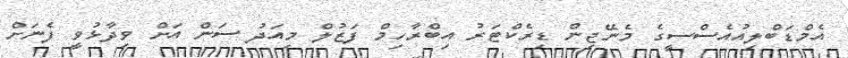
އެމްޑަބްލިއުއެސްސީގެ މެނޭޖިން ޑިރެކްޓަރު އިބްރާހިމް ފަޒުލް މިއަދު ސަން އަށް ވިދާޅުވީ ފެނަށް